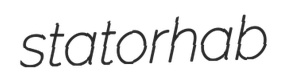
statorhab